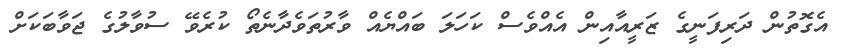
އެގޮތުން ދަރިފަނީގެ ޒަރީއާއިން އެއްވެސް ކަހަލަ ބައްޔެއް ވާރުތަވެދާނެތޯ ކުރެވޭ ސުވާލުގެ ޖަވާބަކަށް